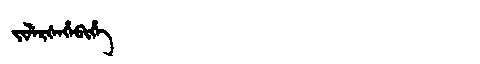
Manchu: ᠵᡳᠯᡝᡵᡧᡝᡥᡝᠪᡳᡥᡝ
Romanization: JILERŠEHEBIHE